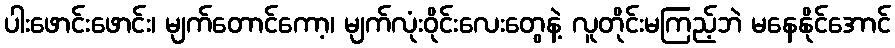
ပါးဖောင်းဖောင်း၊ မျက်တောင်ကော့၊ မျက်လုံးဝိုင်းလေးတွေနဲ့ လူတိုင်းမကြည့်ဘဲ မနေနိုင်အောင်